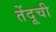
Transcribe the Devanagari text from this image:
तेंदूची